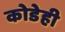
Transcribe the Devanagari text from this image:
कोडेही